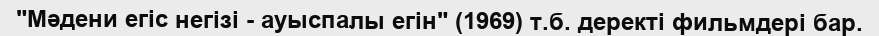
"Мәдени егіс негізі - ауыспалы егін" (1969) т.б. деректі фильмдері бар.